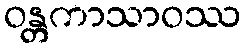
ဝန္တကာသာဝဿ